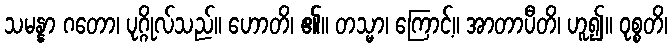
သမန္နာ ဂတော၊ ပုဂ္ဂိုလ်သည်။ ဟောတိ၊ ၏။ တသ္မာ၊ ကြောင့်။ အာတာပီတိ၊ ဟူ၍။ ဝုစ္စတိ၊